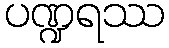
ပဏ္ဍရဿ